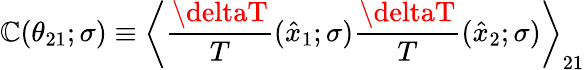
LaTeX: \mathbb{C}(\theta_{21};\sigma)\equiv\left\langle{\frac{{\deltaT}}{{T}}}(\hat{{x}}_{1};\sigma){\frac{{\deltaT}}{{T}}}(\hat{{x}}_{2};\sigma)\right\rangle_{21}